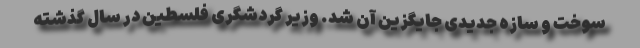
سوخت و سازه جدیدی جایگزین آن شد. وزیر گردشگری فلسطین در سال گذشته